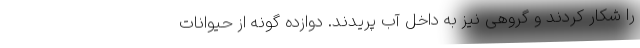
را شکار کردند و گروهی نیز به داخل آب پریدند. دوازده گونه از حیوانات